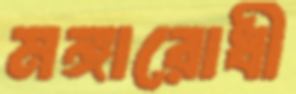
মঙ্গারোধী